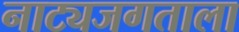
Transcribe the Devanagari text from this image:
नाट्यजगताला